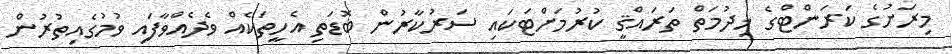
މިރަށުގެ ކަރަންޓްގެ ޚިދުމަތް ތަރައްޤީ ކުރުމަށްޓަކައި ސަރުކާރުން ބޮޑަތި އެހީތަކެއް ވެދެއްވާފައި ވުމުގެއިތުރުން